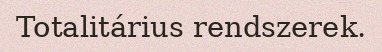
Totalitárius rendszerek.